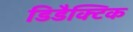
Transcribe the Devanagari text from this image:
डिडैक्टिक